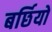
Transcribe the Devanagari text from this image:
बर्छियों